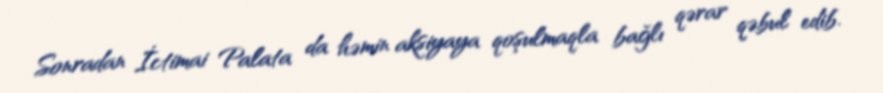
Sonradan İctimai Palata da həmin aksiyaya qoşulmaqla bağlı qərar qəbul edib.